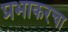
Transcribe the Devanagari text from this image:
प्रभाकरचा